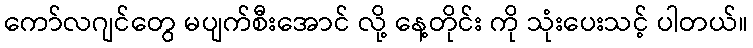
ကော်လဂျင်တွေ မပျက်စီးအောင် လို့ နေ့တိုင်း ကို သုံးပေးသင့် ပါတယ်။